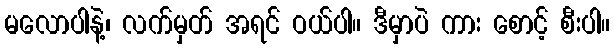
မလောပါနဲ့၊ လက်မှတ် အရင် ဝယ်ပါ။ ဒီမှာပဲ ကား စောင့် စီးပါ။